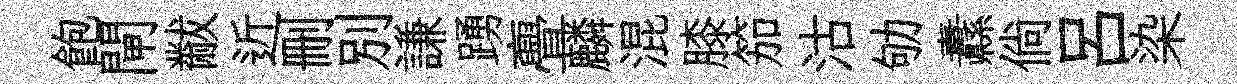
飽閘黻近删别謙踴亹麟混膝笳沽劬纛倘吕染